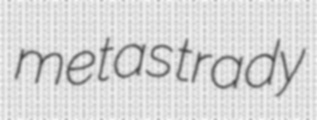
metas trady